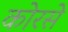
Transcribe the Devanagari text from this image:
कोरसे